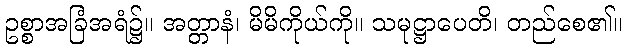
ဥစ္စာအခြံအရံ၌။ အတ္တာနံ၊ မိမိကိုယ်ကို။ သမုဋ္ဌာပေတိ၊ တည်စေ၏။